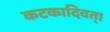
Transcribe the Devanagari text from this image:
कटकादिवत्।